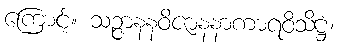
ကြောင့်။ သဉ္ဇာနနဝိဇာနနာကာရဝိသိဋ္ဌံ၊